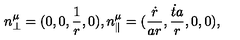
n _ { \perp } ^ { \mu } = ( 0 , 0 , \frac { 1 } { r } , 0 ) , n _ { \parallel } ^ { \mu } = ( \frac { \dot { r } } { a r } , \frac { \dot { t } a } { r } , 0 , 0 ) ,